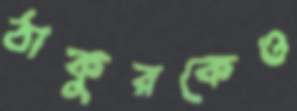
ঠাকুরকেও